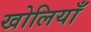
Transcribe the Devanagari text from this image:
खोलियाँ